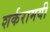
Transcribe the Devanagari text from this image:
शर्करामयी